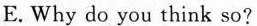
E.Why do you think so?